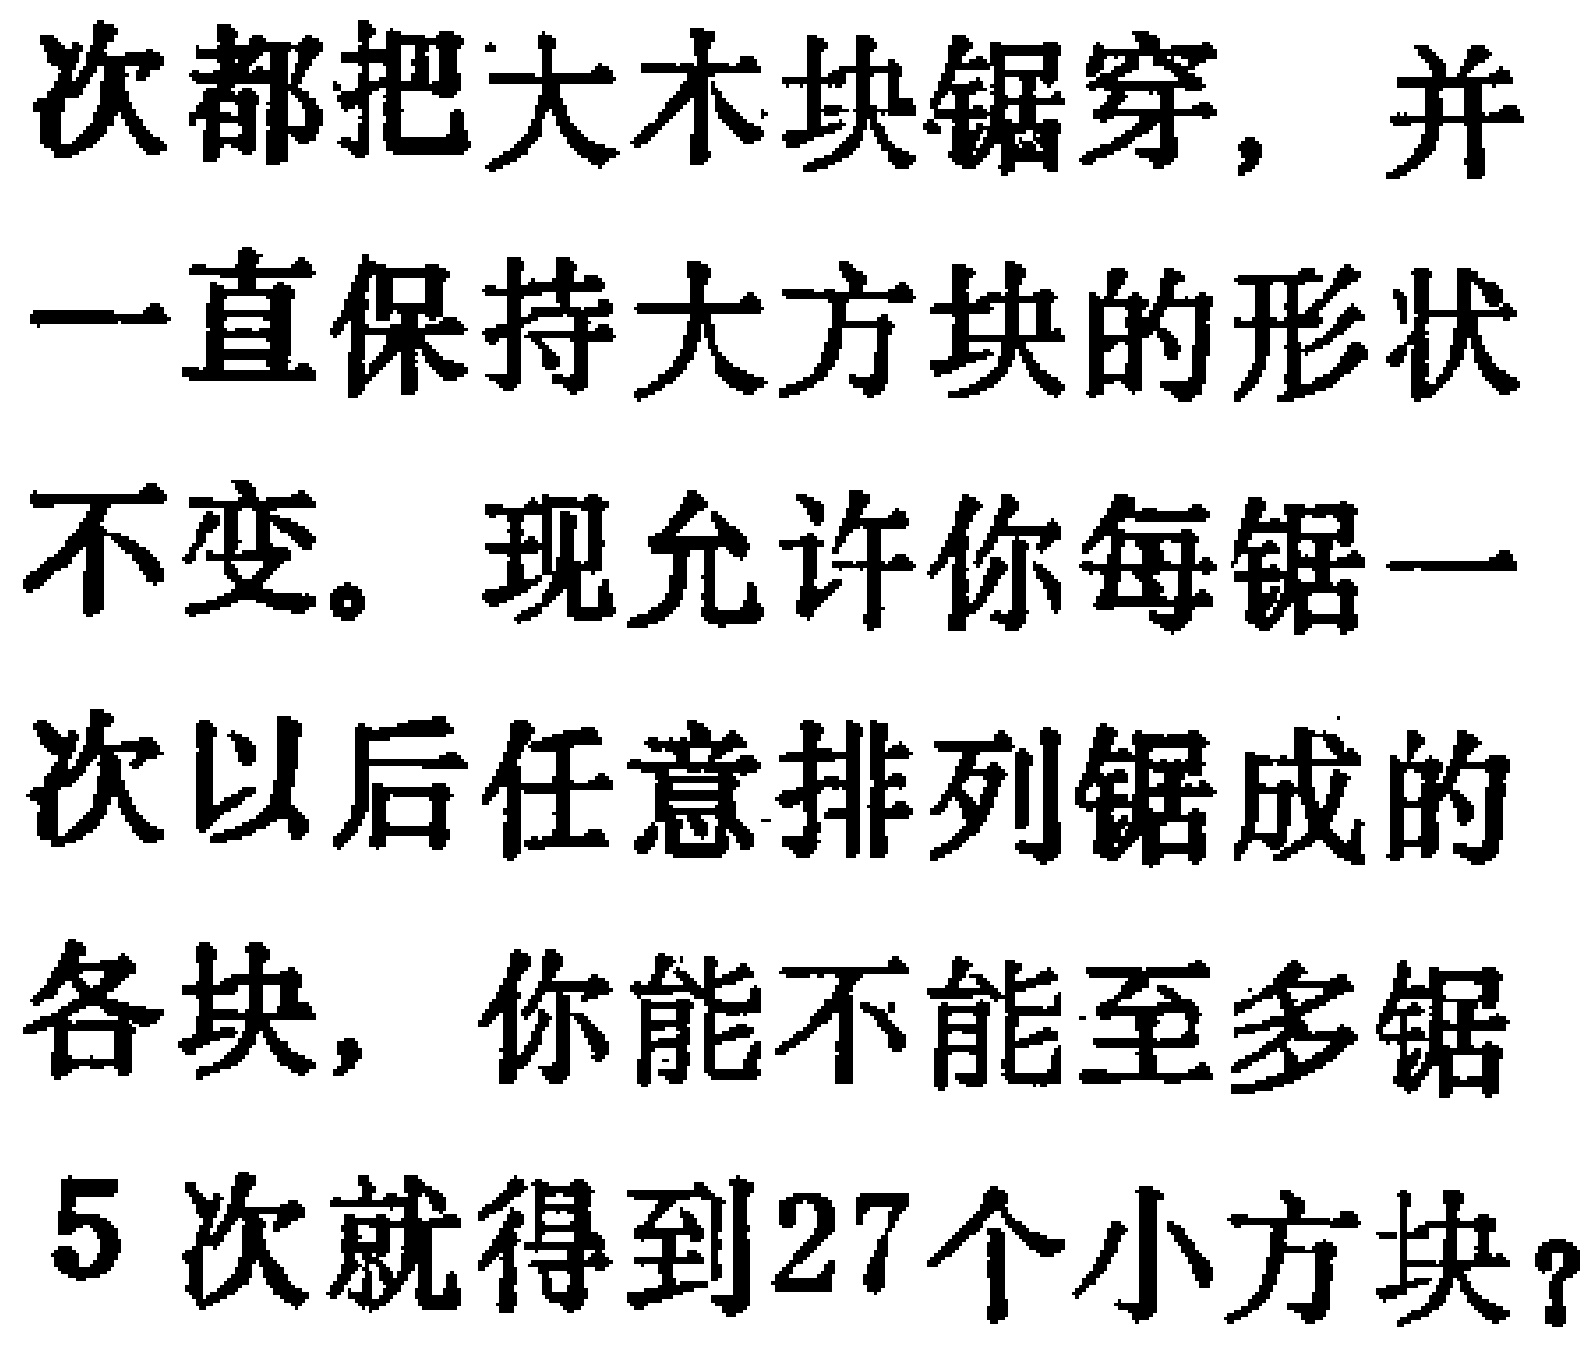
次都把大木块锯穿，并一直保持大方块的形状不变。现允许你每锯一次以后任意排列锯成的各块，你能不能至多锯5次就得到27个小方块？